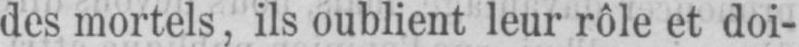
des mortels, ils oublient leur rôle et doi-